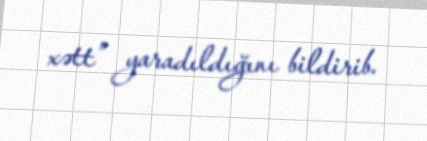
xətt” yaradıldığını bildirib.